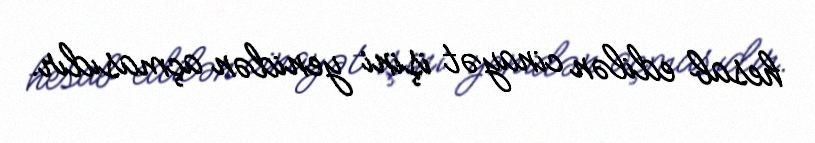
hesab edilən cinayət işini yenidən açmasıdır.